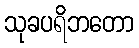
သုခပရိဘတော